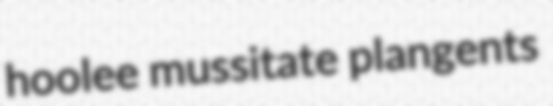
hoolee mussitate plangents